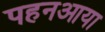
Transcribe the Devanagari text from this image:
पहनआया